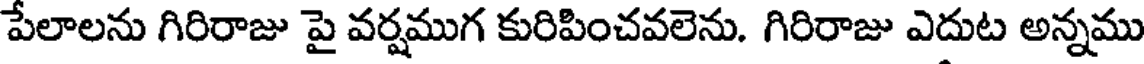
పేలాలను గిరిరాజు పై వర్షముగ కురిపించవలెను. గిరిరాజు ఎదుట అన్నము